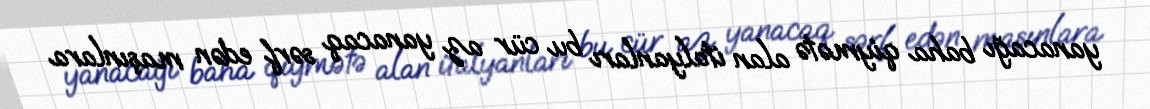
yanacağı baha qiymətə alan italyanları bu cür az yanacaq sərf edən maşınlara